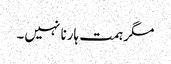
مگر ہمت ہارنا نہیں۔